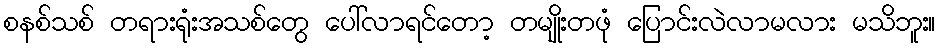
စနစ်သစ် တရားရုံးအသစ်တွေ ပေါ်လာရင်တော့ တမျိုးတဖုံ ပြောင်းလဲလာမလား မသိဘူး။